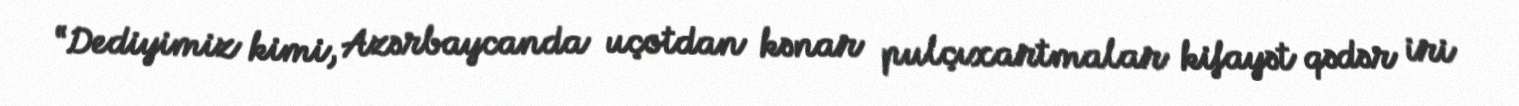
“Dediyimiz kimi, Azərbaycanda uçotdan kənar pulçıxartmalar kifayət qədər iri